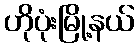
ဟိုပုံးမြို့နယ်